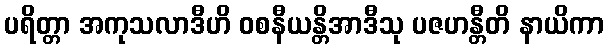
ပရိတ္တာ အကုသလာဒီဟိ ဝစနီယန္တိအာဒီသု ပဇဟန္တီတိ နာယိကာ